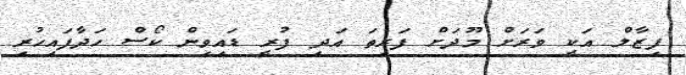
ފިޒާލް އަކީ ވަރަށް މޫދަށް ފަރިތަ އަދި ފުރީ ޑައިވިން ކޯސް ހަދާފައިހުރި